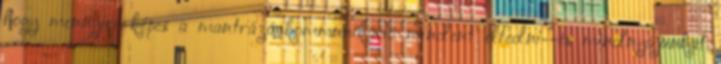
hogy mennyire képes a mantrázó kommunikáció mindent elfedni--és mindnyájunkat